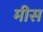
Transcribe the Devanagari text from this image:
मीस